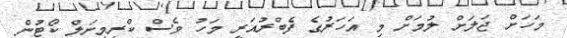
މަހަށް ޖަލަށް ލުމަށް މި އަހަރުގެ ފެބްރުއަރީ މަހު ވެސް ކްރިމިނަލް ކޯޓުން